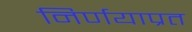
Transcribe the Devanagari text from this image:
निर्णयाप्रत